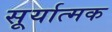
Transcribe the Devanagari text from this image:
सूर्यात्मक